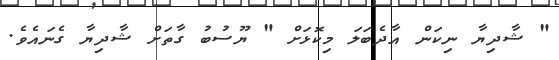
" ޝާދިޔާ ނިކަން އާދެބަލަ މިކޮޅަށް " ޔޫސުބު ގާތަށް ޝާދިޔާ ގެނައެވެ.